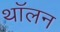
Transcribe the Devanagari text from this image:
थॉलन